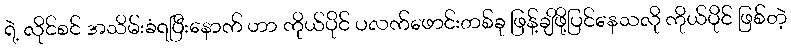
ရဲ့ လိုင်စင် အသိမ်းခံရပြီးနောက် ဟာ ကိုယ်ပိုင် ပလက်ဖောင်းတစ်ခု ဖြန့်ချိဖို့ပြင်နေသလို ကိုယ်ပိုင် ဖြစ်တဲ့